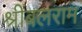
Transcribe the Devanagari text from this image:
श्रीबलराम